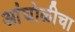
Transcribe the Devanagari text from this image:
आंघोळीचा